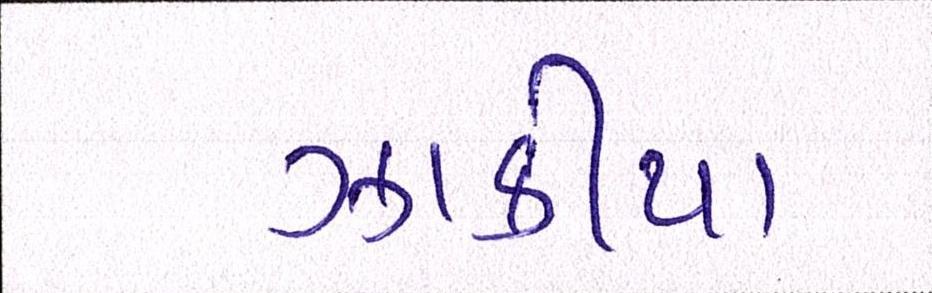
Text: ઝાકીયા